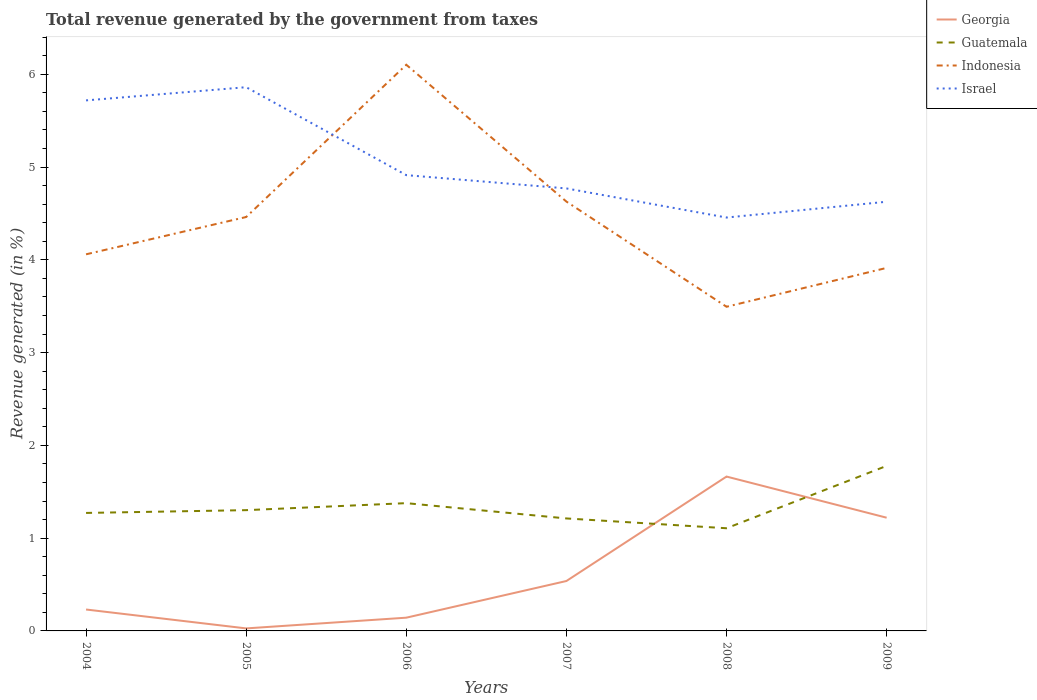
| Years | Georgia | Guatemala | Indonesia | Israel |
 | --- | --- | --- | --- | --- |
 | 2004 | 0.231 | 1.27 | 4.06 | 5.72 |
 | 2005 | 0.0271 | 1.3 | 4.46 | 5.86 |
 | 2006 | 0.143 | 1.38 | 6.1 | 4.91 |
 | 2007 | 0.538 | 1.21 | 4.63 | 4.77 |
 | 2008 | 1.66 | 1.11 | 3.49 | 4.46 |
 | 2009 | 1.22 | 1.78 | 3.91 | 4.63 |